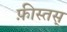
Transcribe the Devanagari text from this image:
फ़ीस्तस्